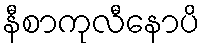
နီစာကုလီနောပိ